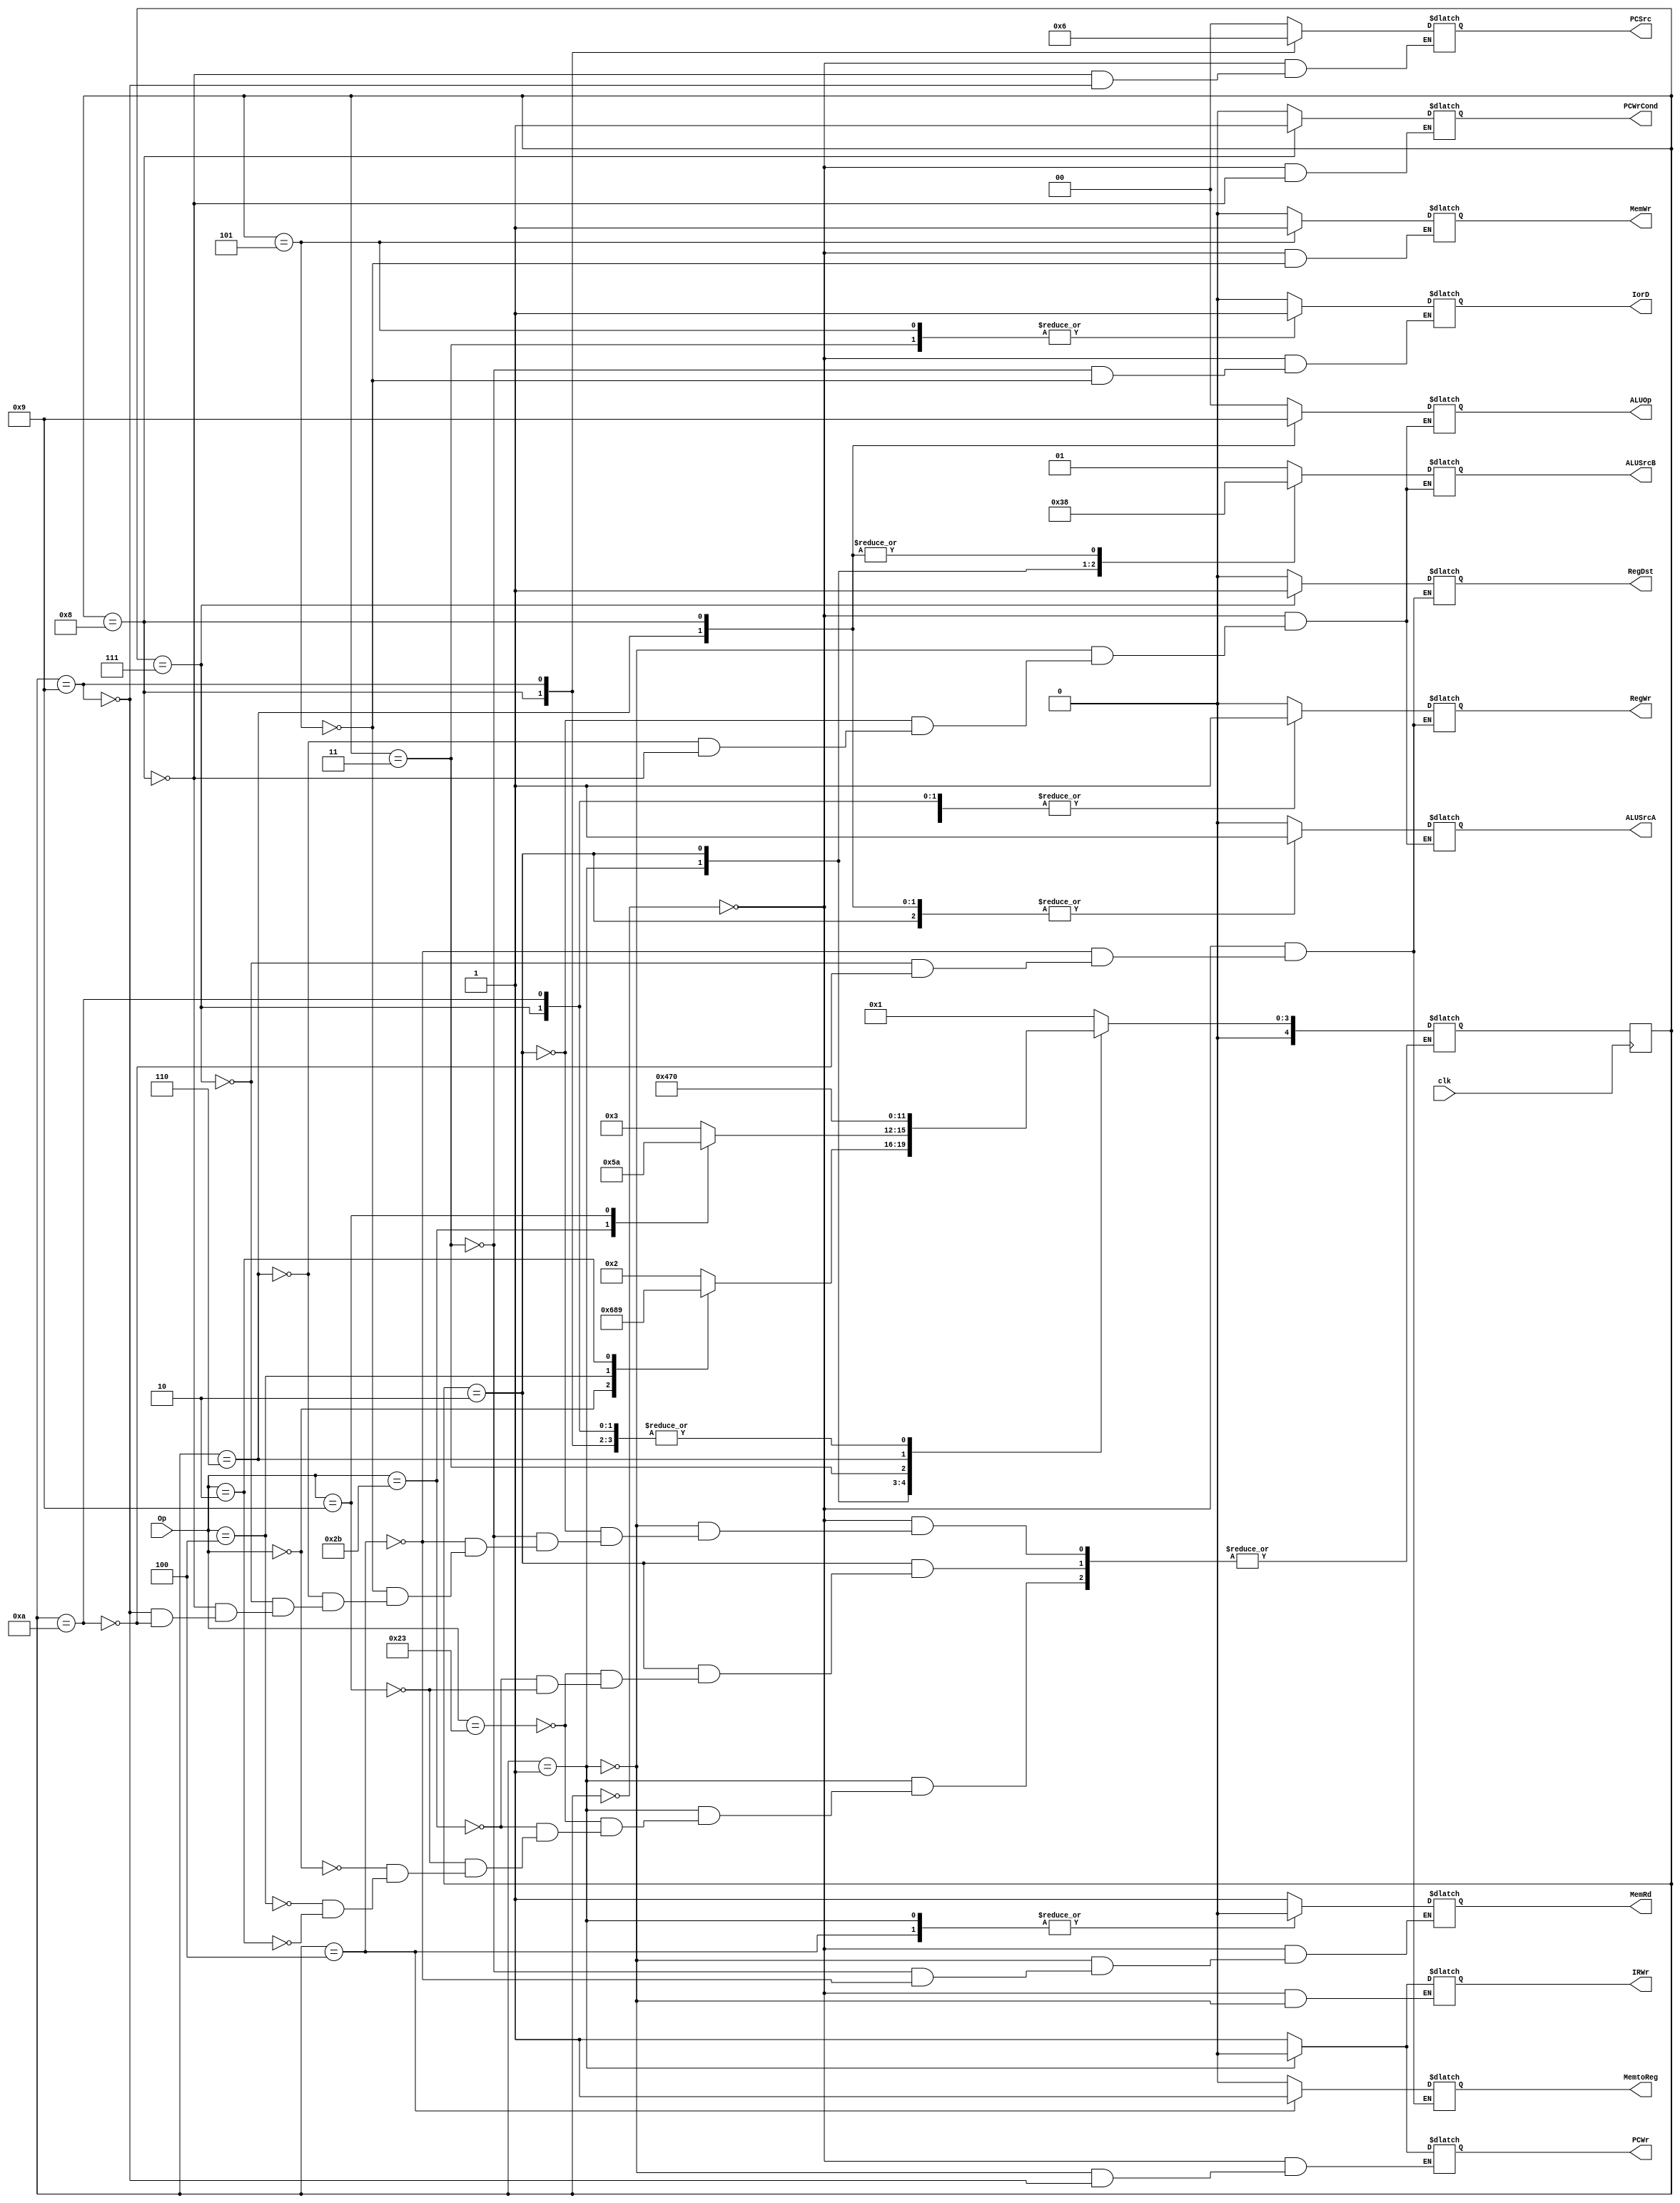
module CU (PCWr,PCWrCond,IorD,MemRd,MemWr,IRWr,MemtoReg,PCSrc,ALUOp,ALUSrcB,ALUSrcA,RegWr,RegDst,Op,clk);
input [5:0] Op;
input clk;
output [1:0] ALUOp, ALUSrcB, PCSrc;
output PCWrCond, PCWr , IorD, MemRd, MemWr, MemtoReg, IRWr, ALUSrcA, RegWr, RegDst; 
reg [1:0] ALUOp, ALUSrcB, PCSrc;
reg PCWrCond, PCWr , IorD, MemRd, MemWr, MemtoReg, IRWr, ALUSrcA, RegWr, RegDst;
parameter S0=0, S1=1, S2=2, S3=3, S4=4, S5=5, S6=6, S7=7, S8=8, S9=9, S10=10; 
reg [4:0] S =0, NS; 

always@(posedge clk) begin 
    S <= NS;
end
always @(S, Op) begin
case(S)
    S0: begin
    MemRd=1'b1; 
    ALUSrcA=1'b0; 
    IorD=1'b0; 
    IRWr=1'b1; 
    ALUSrcB=2'b01; 
    ALUOp=2'b00; 
    PCWr=1'b1; 
    PCSrc=2'b00; 
    NS=S1; 
    RegWr=1'b0; 
    RegDst=1'b0;
    MemWr=1'b0; 
    PCWrCond= 1'b0; 
    MemtoReg=1'b0;
    end

    S1: begin 
    MemRd=1'b0;
    IRWr=1'b0;
    ALUSrcA=1'b0;
    ALUSrcB=2'b11;
    PCWr =1'b0;
    ALUOp= 2'b00;
    case(Op)
    6'b100011: NS=S2; // lw
    6'b101011: NS=S2; // sw
    6'b001001: NS=S2; // addiu
    6'b000000: NS=S6; // R type
    6'b000100: NS=S8; // beq
    6'b000010: NS=S9; // jump
    endcase
    end

    S2: begin
    ALUSrcA = 1'b1;
    ALUSrcB= 2'b10; 
    ALUOp = 2'b00;
    case(Op)
    6'b100011: NS=S3; // lw
    6'b101011: NS=S5; // sw
    6'b001001: NS=S10; // addiu
    endcase
    end

    S3: begin 
    MemRd=1'b1;
    IorD = 1'b1; 
    NS=S4;
    end

    S4: begin
    RegDst = 1'b0;
    RegWr = 1'b1; 
    MemtoReg= 1'b1; 
    NS=S0; 
    MemRd=1'b0;
    end

    S5: begin 
    MemWr=1'b1;
    IorD= 1'b1; 
    NS=S0;
    end

    S6: begin
    ALUSrcA= 1'b1;
    ALUSrcB= 2'b00; 
    ALUOp = 2'b10; 
    NS = S7;
    end

    S7: begin
    RegDst= 1'b1;
    RegWr = 1'b1; 
    MemtoReg = 1'b0; 
    NS= S0;
    end

    S8: begin
    ALUSrcA= 1'b1;
    ALUSrcB= 2'b00; 
    ALUOp=2'b01; 
    PCWrCond= 1'b1; 
    PCSrc = 2'b01; 
    NS= S0;
    end

    S9: begin
    PCWr = 1'b1;
    PCSrc= 2'b10;
    NS= S0; 
    end

    S10: begin
    RegDst= 1'b0;
    RegWr= 1'b1;
    MemtoReg= 1'b0;
    NS = S0;
    end
endcase 
end
endmodule


// module CU(PCWr,PCWrCond,IorD,MemRd,MemWr,IRWr,MemtoReg,PCSrc,ALUOp,ALUSrcB,ALUSrcA,RegWr,RegDst,Op,clk);
//     input [5:0] Op;
//     input clk;

//     output PCWr,PCWrCond,IorD,MemRd,MemWr,IRWr,MemtoReg,ALUSrcA,RegWr,RegDst;
//     output [1:0] PCSrc;
//     output [1:0] ALUOp;
//     output [1:0] ALUSrcB;

//     reg [3:0] S;//
//     wire [3:0] NS;//
//     wire [19:0] P;//
//     // parameter R = 6'b000000,
//     //       lw = 6'b100011,
//     //       sw = 6'b101011,
//     //       beq = 6'b000100,
//     //       j = 6'b000010,
//     //       addiu = 6'b001001;
//     //PLA
//     assign P[0] = ~S[3] && ~S[2] && ~S[1] && ~S[0]; //0000
//     assign P[1] = ~S[3] && ~S[2] && ~S[1] &&  S[0]; //0001
//     assign P[2] = ~S[3] && ~S[2] &&  S[1] && ~S[0]; //0010
//     assign P[3] = ~S[3] && ~S[2] &&  S[1] &&  S[0]; //0011
//     assign P[4] = ~S[3] &&  S[2] && ~S[1] && ~S[0]; //0100
//     assign P[5] = ~S[3] &&  S[2] && ~S[1] &&  S[0]; //0101
//     assign P[6] = ~S[3] &&  S[2] &&  S[1] && ~S[0]; //0110
//     assign P[7] = ~S[3] &&  S[2] &&  S[1] &&  S[0]; //0111  
//     assign P[8] =  S[3] && ~S[2] && ~S[1] && ~S[0]; //1000
//     assign P[9] =  S[3] && ~S[2] && ~S[1] &&  S[0]; //1001
//     //000010 0001  j
//     assign P[10] = ~Op[5] && ~Op[4] && ~Op[3] && ~Op[2] &&  Op[1] && ~Op[0] && ~S[3] && ~S[2] && ~S[1] &&  S[0]; 
//     //000100 0001  beq 
//     assign P[11] = ~Op[5] && ~Op[4] && ~Op[3] &&  Op[2] && ~Op[1] && ~Op[0] && ~S[3] && ~S[2] && ~S[1] &&  S[0]; 
//     //000000 0001  R
//     assign P[12] = ~Op[5] && ~Op[4] && ~Op[3] && ~Op[2] && ~Op[1] && ~Op[0] && ~S[3] && ~S[2] && ~S[1] &&  S[0]; 
//     //100011 0010  lw
//     assign P[13] =  Op[5] && ~Op[4] && ~Op[3] && ~Op[2] &&  Op[1] &&  Op[0] && ~S[3] && ~S[2] &&  S[1] && ~S[0];
//     //101011 0001  sw
//     assign P[14] =  Op[5] && ~Op[4] &&  Op[3] && ~Op[2] &&  Op[1] &&  Op[0] && ~S[3] && ~S[2] && ~S[1] &&  S[0];
//     //100011 0001  lw
//     assign P[15] =  Op[5] && ~Op[4] && ~Op[3] && ~Op[2] &&  Op[1] &&  Op[0] && ~S[3] && ~S[2] && ~S[1] &&  S[0];
//     //101011 0010  sw
//     assign P[16] =  Op[5] && ~Op[4] &&  Op[3] && ~Op[2] &&  Op[1] &&  Op[0] && ~S[3] && ~S[2] &&  S[1] && ~S[0];
//     //addiu
//     //001001 0001  addiu
//     assign P[17] = ~Op[5] && ~Op[4] &&  Op[3] && ~Op[2] && ~Op[1] &&  Op[0] && ~S[3] && ~S[2] && ~S[1] &&  S[0];
//     //001001 0010  addiu
//     assign P[18] = ~Op[5] && ~Op[4] &&  Op[3] && ~Op[2] && ~Op[1] &&  Op[0] && ~S[3] && ~S[2] &&  S[1] && ~S[0];
//     //1010 S=10
//     assign P[19] = S[3] && ~S[2] &&  S[1] && ~S[0];


//     //
//     assign PCWr = P[0] || P[9];
//     assign PCWrCond = P[8];
//     assign IorD = P[3] || P[5];
//     assign MemRd = P[0] || P[3];
//     assign MemWr =P[5];
//     assign IRWr = P[0];
//     assign MemtoReg = P[4];
//     assign PCSrc = {P[9],P[8]};
//     assign ALUOp = {P[6],P[8]};
//     assign ALUSrcB = {P[1]||P[2],P[0]||P[1]};
//     assign ALUSrcA = P[2] || P[6] || P[8];
//     assign RegWr = P[4] || P[7] || P[19];
//     assign RegDst = P[7];
//     assign NS[3] = P[10] || P[11] || P[18];
//     assign NS[2] = P[3] || P[6] || P[12] || P[16];
//     assign NS[1] = P[6] || P[12] || P[13] || P[14] || P[15] || P[17] || P[18];
//     assign NS[0] = P[0] || P[6] || P[10] || P[13] || P[16];
//     // 
//     // assign #0.1 RegWr = P[4] || P[7];
//     // assign #0.1 NS[3] = P[10] || P[11];
//     // assign #0.1 NS[2] = P[3] || P[6] || P[12] || P[16];
//     // assign #0.1 NS[1] = P[6] || P[12] || P[13] || P[14] || P[15];
//     // assign #0.1 NS[0] = P[0] || P[6] || P[10] || P[13] || P[16];

//     always @(posedge clk) begin
//         S <= NS;
//     end

// endmodule